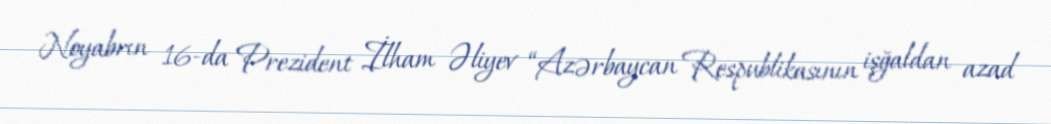
Noyabrın 16-da Prezident İlham Əliyev “Azərbaycan Respublikasının işğaldan azad